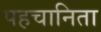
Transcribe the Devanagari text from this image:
पहचानिता